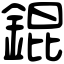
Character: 錕